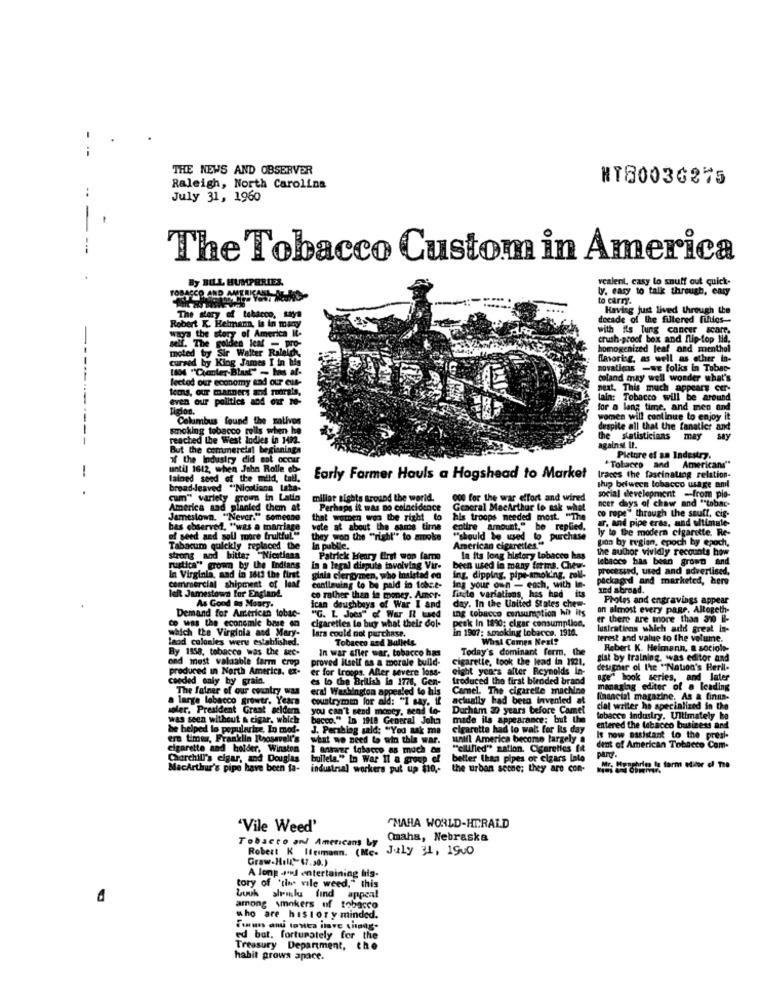
THE NEWS AND OBSERVER
NT80036275
Raleigh, North Carolina
..
July 31, 1960
-
The Tobacco Custom in America
By BILL HUMPHRIES.
AMERICA
ty. easy to talk through, enty
vcalent, casy lo snuff out quick-
to carry.
The story of tobacco, taya
Having just lived through the
decade of the filtered fifties-
Robert K. Helman, is in many
with its lung cancer scarr.
ways the story of America Il.
crush-proof box and flip-top lid.
mil. The golden leaf - pro-
noted by Sir Walter Ralel
homogenized leaf and menthol
cursed by King James I in his
favorisg, as well as other in-
[804 "Cianler-Blut" - tas af-
novaticas -we folks in Tobac-
lectod our economy and our cus-
coland may well wonder what's
next. This much appears cer-
-
even our politics and our re-
lain: Tobacco will be around
ligion.
for a long time, and men and
Columbus found the zalivos
women will continue to enjoy it
despite all that the fanaticr and
----
reached the West Indies in 1472.
the statisticians may say
But the commercial beginnings
against It.
" the Industry did not occur
Picture of an Industry.
until 1612, when John Rolle ob-
"Tobacco and Americans"
1
lained seed of the mild, tatl.
Early Farmer Hauls a Hogshead to Market
traces the fascinating relation-
ship between tobacco usage aml
.
broad-leaved "Nicolisna Isha-
cum" variety F
y grown in Latin
millar sights around the world.
000 for the war effort and wired
social development -from pio-
ncer days of chaw and "tobac-
America sad planled them at
Perhaps it was no coincidence
General MacArthur to ask what
co rope" through the saufl, cig-
Jamestown. "Never." someone
that women won the right to
hals troops needed most. "The
a, and pipe eras, and ultimate-
bas observed, "was a marriage
vote at about the same time
colire amount." be replied.
ly to the modern cigarette. Re-
of seed and soll more fruitful."
they won the "right" to smoke
""should be used lo pu
2. purchase
pan by tegien, epoch by epoch,
Tabacum quickly replaced the
In public.
American cigarettes **
the author vividly recounts how
strong and bitter Nicotinaa
Patrick Henry first won fame
In its long history tobacco has
lebaccs has bean grown and
rustica" grown by the Indians
in a legal dispute tovoiving Vir-
been used in many forms. Chew.
processed, used and advertised.
and in 1613 the first
ginia clergymen, who Inalstad en
ing. dipping, pipe-smoking, roll-
Ing your own - each, with In-
packaged and marketed, here
commercial shipment of leaf
left Jamestown for England.
continuing to be paid in tobe.t-
fitte variations, has had its
and abroad.
co rather than in money. Amer-
Pholes and engravings appear
Demand for American tobac-
As Good as Moury.
day. In the United States chew-
Ing tobacco consumption hit its
an almost every page. Altogeth-
co was the economie base en
"G. L. Joes" of War II Laed
Cigarettes le bu what their dol-
peak In 1890: cigar consumption.
er there are more than 310 Il-
which the Virginia and Mary-
in 1907: smoking tobacco. 1914.
lustratiens which add great in-
laad colonies were established.
lars could not purchase.
Tobacco and Bullets
What Comes Next?
terest and value to the volume.
By 1958, tobacco was the sec-
In war afler war, tobacco has
Today's dominant ferm, the
Robert K. Heimann, a sociolo-
ond most valuable farm crop
proved itself as a morale build-
cigaretie, took the lead in 1921.
gist by training, was editor and
produced in North America. ex-
er for troops. Aller severe loss-
eight years after Reynolds In-
designer of the "Nation's Heril-
ceeded only by grain.
es lo the British in 1776, Gen-
treduced the first blended brand
age" book series, and later
The fuiner of our country was
erai Washington appealed to his
Camel. The cigarelle machine
managing editor of a leading
a large lebecco grower. Years
countrymen for aid: "I say. if
actually bad beta invented at
financial magazine, As a finan-
soler. President Grant geldern
you can't send money, send to-
Ducham 30 years before Camel
cial writer he specialized in the
was seen witheut & cigar, which
bacco." In 1918 General John
made ils appearance; but the
tobacco industry. Ultimately ha
he helped to populartrz, In mod.
J. Pershing said: "You ask me
cigarette had to wait for Rs day
entered the tobacco business and
ere times, Franklin Roosevelt's
what we need to win this war.
unill America become largely
It now assistant to the presl-
cigarette and holder, Winston
"ellified" zation. Cigarettes ff
lent of American Tobacco Com-
Churchill's cigar, and Douglas
bullela." In War Il a group of
beller (han pipes or cigars inle
parY
MacArthur's pipe have been fa-
industrial workers put up $10 ,-
the urban scone; they are con- Mr; Hergheim In form editor of The
"Vile Weed'
"MARA WORLD-HERALD
Tobacco and Americans Ly
Omaha, Nebraska
Robert K Ifeimann. (Mc.
July 31, 1900
Graw-Hell"-67.30.)
tory of 'tine vile weed," this
A long and entertaining his-
Luuk alemlu find appeal
among smokers of tobacco
who are history minded.
ed but. fortunately for the
Treasury Department, the
habit grows apace.